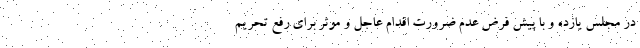
در مجلس یازده و با پیش فرض عدم ضرورت اقدام عاجل و موثر برای رفع تحریم